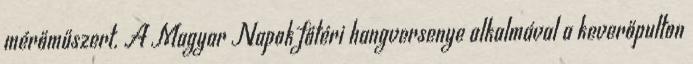
mérőműszert. A Magyar Napok főtéri hangversenye alkalmával a keverőpulton